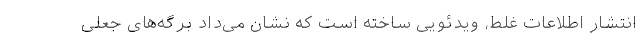
انتشار اطلاعات غلط، ویدئویی ساخته است که نشان می‌داد برگه‌های جعلی